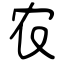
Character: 农